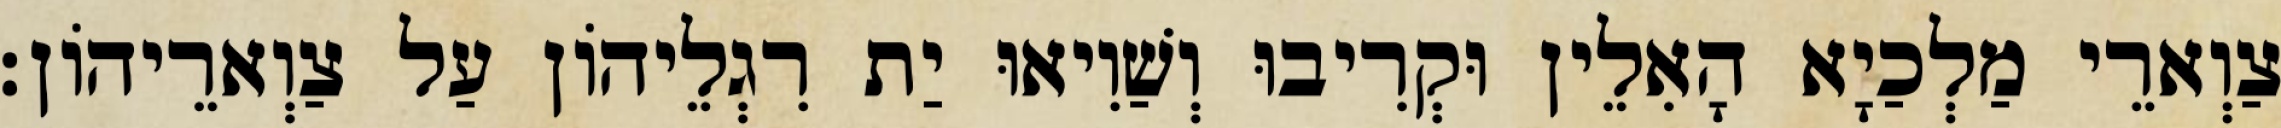
צַוְארֵי מַלְכַיָא הָאִלֵין וּקְרִיבוּ וְשַׁוִיאוּ יַת רִגְלֵיהוֹן עַל צַוְארֵיהוֹן׃